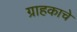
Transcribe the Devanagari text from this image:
ग्राहकाचे